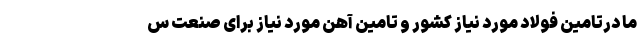
ما درتامین فولاد مورد نیاز کشور و تامین آهن مورد نیاز برای صنعت س